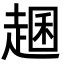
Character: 𧼐